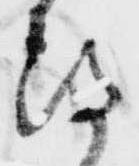
期